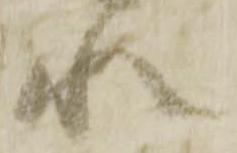
水